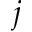
j